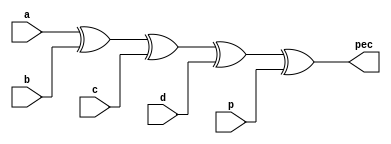
`timescale 1ns / 1ps
//////////////////////////////////////////////////////////////////////////////////
// Company: 
// Engineer: 
// 
// Design Name: 
// Module Name: inv
// Project Name: 
// Target Devices: 
// Tool Versions: 
// Description: 
// 
// Dependencies: 
// 
// Revision:
// Revision 0.01 - File Created
// Additional Comments:
// 
//////////////////////////////////////////////////////////////////////////////////


module inv(
    input a, b, c, d, p,
    output pec
);

assign pec = a^b^c^d^p;

endmodule